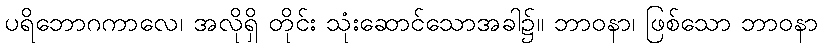
ပရိဘောဂကာလေ၊ အလိုရှိ တိုင်း သုံးဆောင်သောအခါ၌။ ဘာဝနာ၊ ဖြစ်သော ဘာဝနာ